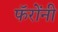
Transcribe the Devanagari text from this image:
फॅरोंनी